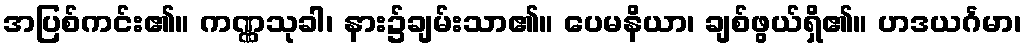
အပြစ်ကင်း၏။ ကဏ္ဏသုခါ၊ နား၌ချမ်းသာ၏။ ပေမနိယာ၊ ချစ်ဖွယ်ရှိ၏။ ဟဒယင်္ဂမာ၊